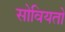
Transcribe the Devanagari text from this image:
सोवियतो